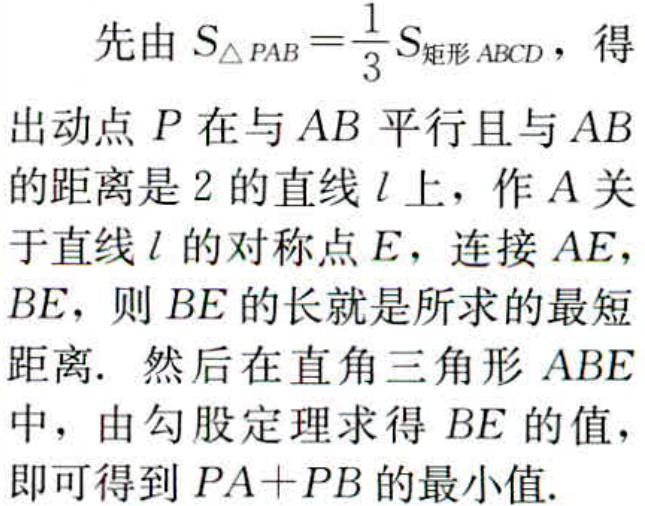
先由 \(S_{\triangle PAB}=\frac{1}{3}S_{矩形ABCD}\)，得出动点 \(P\) 在与 \(AB\) 平行且与 \(AB\) 的距离是 \(2\) 的直线 \(l\) 上，作 \(A\) 关于直线 \(l\) 的对称点 \(E\)，连接 \(AE\)，\(BE\)，则 \(BE\) 的长就是所求的最短距离. 然后在直角三角形 \(ABE\) 中，由勾股定理求得 \(BE\) 的值，即可得到 \(PA + PB\) 的最小值.